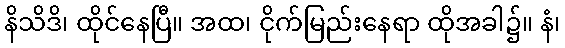
နိသိဒိ၊ ထိုင်နေပြီ။ အထ၊ ငိုက်မြည်းနေရာ ထိုအခါ၌။ နံ၊